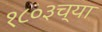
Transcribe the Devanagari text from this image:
१८०३च्या